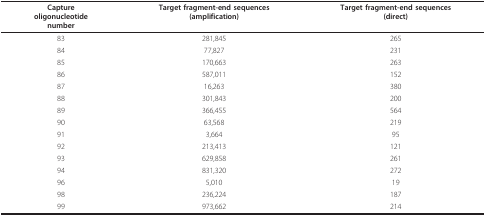
<table><thead><tr><td><b>Captureoligonucleotidenumber</b></td><td><b>Target fragment-end sequences(amplification)</b></td><td><b>Target fragment-end sequences(direct)</b></td></tr></thead><tbody><tr><td>83</td><td>281,845</td><td>265</td></tr><tr><td>84</td><td>77,827</td><td>231</td></tr><tr><td>85</td><td>170,663</td><td>263</td></tr><tr><td>86</td><td>587,011</td><td>152</td></tr><tr><td>87</td><td>16,263</td><td>380</td></tr><tr><td>88</td><td>301,843</td><td>200</td></tr><tr><td>89</td><td>366,455</td><td>564</td></tr><tr><td>90</td><td>63,568</td><td>219</td></tr><tr><td>91</td><td>3,664</td><td>95</td></tr><tr><td>92</td><td>213,413</td><td>121</td></tr><tr><td>93</td><td>629,858</td><td>261</td></tr><tr><td>94</td><td>831,320</td><td>272</td></tr><tr><td>96</td><td>5,010</td><td>19</td></tr><tr><td>98</td><td>236,224</td><td>187</td></tr><tr><td>99</td><td>973,662</td><td>214</td></tr></tbody></table>